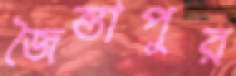
জৈন্তাপুর